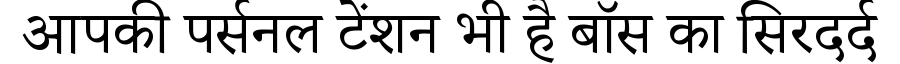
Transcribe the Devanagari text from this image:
आपकी पर्सनल टेंशन भी है बॉस का सिरदर्द